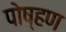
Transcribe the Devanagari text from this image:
पोष्हण